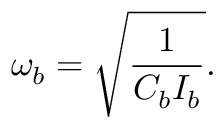
\omega _ { b } = \sqrt { \frac { 1 } { C _ { b } I _ { b } } } .